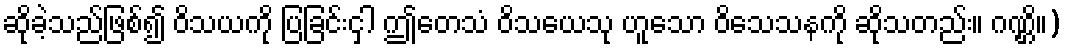
ဆိုခဲ့သည်ဖြစ်၍ ဝိသယကို ပြခြင်းငှါ ဤတေသံ ဝိသယေသု ဟူသော ဝိသေသနကို ဆိုသတည်း။ ဂဏ္ဌိ။)